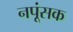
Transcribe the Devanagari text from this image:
नपूंसक